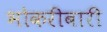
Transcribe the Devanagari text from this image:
भोकरीबारी